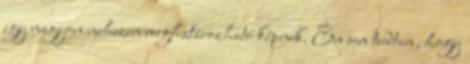
egy nagyon nehezen meghatározható képnek. Én sem tudtam, hogy